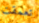
تعمقت